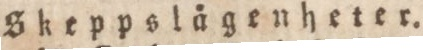
Skeppslägenheter.